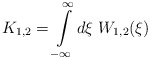
\begin{align*}K_{1,2}=\int\limits_{-\infty}^\infty d\xi\; W_{1,2}(\xi) \end{align*}